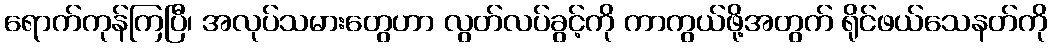
ရောက်ကုန်ကြပြီ၊ အလုပ်သမားတွေဟာ လွတ်လပ်ခွင့်ကို ကာကွယ်ဖို့အတွက် ရိုင်ဖယ်သေနတ်ကို